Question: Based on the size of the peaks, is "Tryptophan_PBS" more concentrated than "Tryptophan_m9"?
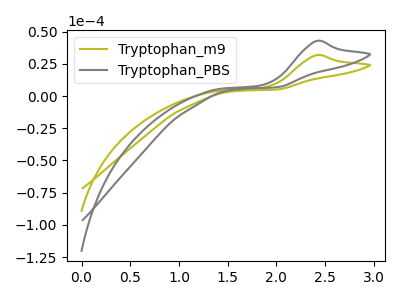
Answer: <think>The olive curve "Tryptophan_m9" has an anodic peak at: (2.40V, 31.75uA). The gray curve "Tryptophan_PBS" has an anodic peak at: (2.40V, 42.75uA).
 All the peaks in "Tryptophan_m9" have a peak in "Tryptophan_PBS" at the same potential. Every peak in "Tryptophan_m9" is lower than every peak in "Tryptophan_PBS".</think>
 <answer>"Tryptophan_m9" has less signal than "Tryptophan_PBS" and so likely has a lower concentration.</answer>
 <eval>less_concentration</eval>